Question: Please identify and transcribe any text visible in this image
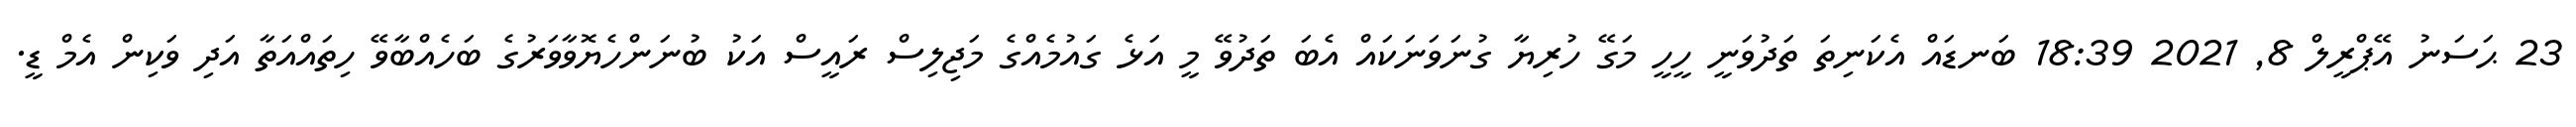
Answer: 23 ޙަސަނު އޭޕްރީލް 8, 2021 18:39 ބަނޑައް އެކަނިތަ ތަދުވަނީ ހީހީ މަގޭ ހުރިޔާ ގުނަވަނަކައް އެބަ ތަދުވޭ މީ އަޅެ ގައުމެއްގެ މަޖިލިސް ރައީސް އަކު ބުނަންހެޔޮވާވަރުގެ ބަހެއްބާވޭ ހިތައްއަތާ އަދި ވަކިން އެމް ޑީ.